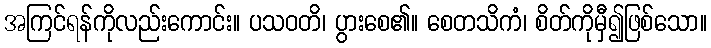
အကြင်ရန်ကိုလည်းကောင်း။ ပသဝတိ၊ ပွားစေ၏။ စေတသိကံ၊ စိတ်ကိုမှီ၍ဖြစ်သော။